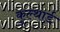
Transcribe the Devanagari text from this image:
कुल्थार्ड